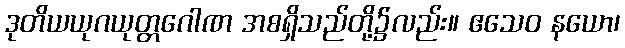
ဒုတိယယုဂယုတ္တဂေါဏ အစရှိသည်တို့၌လည်း။ ဧသေဝ နယော၊